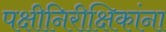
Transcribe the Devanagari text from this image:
पक्षीनिरीक्षिकांना